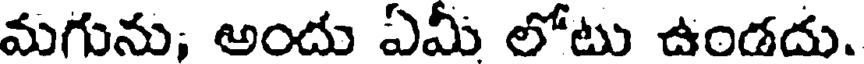
మగును; అందు ఏమీ లోటు ఉండదు.